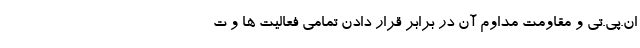
ان.پی.تی و مقاومت مداوم آن در برابر قرار دادن تمامی فعالیت ها و ت